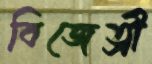
বিজেত্রী